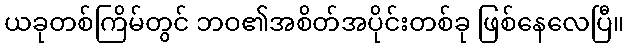
ယခုတစ်ကြိမ်တွင် ဘဝ၏အစိတ်အပိုင်းတစ်ခု ဖြစ်နေလေပြီ။